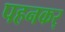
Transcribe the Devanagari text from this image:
पहनकर्